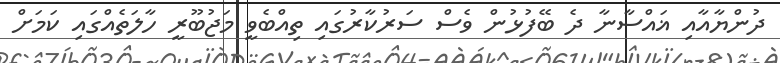
ދުންޔާއާއި ޣައްސާނާ ދެ ބޭފުޅުން ވެސް ސަރުކާރުގައި ތިއްބެވީ މަޖުބޫރީ ހާލަތެއްގައި ކަމަށް